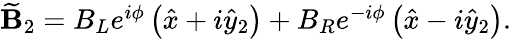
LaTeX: \begin{array}{r}{\widetilde{\textbf{B}}_{2}=B_{L}e^{i\phi}\left(\hat{x}+i\hat{y}_{2}\right)+B_{R}e^{-i\phi}\left(\hat{x}-i\hat{y}_{2}\right).}\end{array}